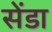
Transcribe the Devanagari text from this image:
सेंडा